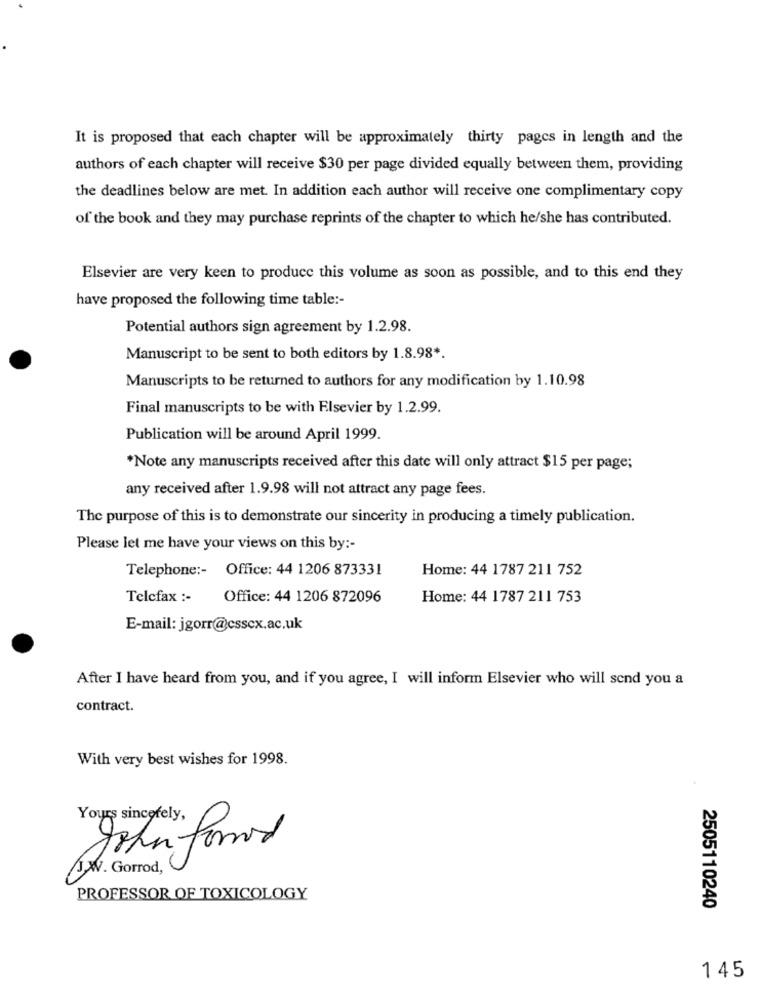
It is proposed that each chapter will be approximately thirty pages in length and the
authors of each chapter will receive $30 per page divided equally between them, providing
the deadlines below are met. In addition each author will receive one complimentary copy
of the book and they may purchase reprints of the chapter to which he/she has contributed.
Elsevier are very keen to produce this volume as soon as possible, and to this end they
have proposed the following time table :-
Potential authors sign agreement by 1.2.98.
Manuscript to be sent to both editors by 1.8.98 *.
Manuscripts to be returned to authors for any modification by 1.10.98
Final manuscripts to be with Elsevier by 1.2.99.
Publication will be around April 1999.
*Note any manuscripts received after this date will only attract $15 per page;
any received after 1.9.98 will not attract any page fees.
The purpose of this is to demonstrate our sincerity in producing a timely publication.
Please let me have your views on this by :-
Telephone :- Office: 44 1206 873331
Home: 44 1787 211 752
Telefax :-
Office: 44 1206 872096
Home: 44 1787 211 753
E-mail: jgorr@csscx.ac.uk
After I have heard from you, and if you agree, I will inform Elsevier who will send you a
contract.
With very best wishes for 1998.
Yours sincerely,
John formed
JW. Gorrod,
PROFESSOR OF TOXICOLOGY
2505110240
145